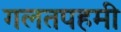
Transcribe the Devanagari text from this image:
गलतपहमी